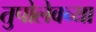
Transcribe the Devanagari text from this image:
तुपोलेवच्या